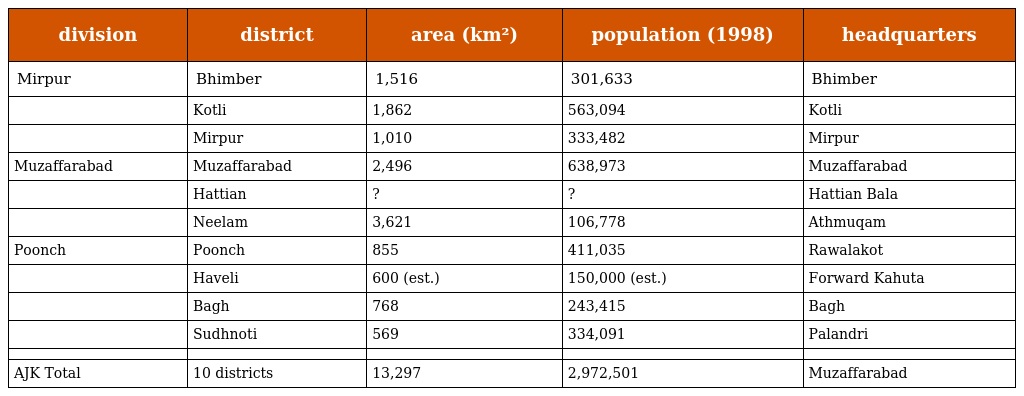
| division | district | area (km²) | population (1998) | headquarters |
 | --- | --- | --- | --- | --- |
 | Mirpur | Bhimber | 1,516 | 301,633 | Bhimber |
 |  | Kotli | 1,862 | 563,094 | Kotli |
 |  | Mirpur | 1,010 | 333,482 | Mirpur |
 | Muzaffarabad | Muzaffarabad | 2,496 | 638,973 | Muzaffarabad |
 |  | Hattian | ? | ? | Hattian Bala |
 |  | Neelam | 3,621 | 106,778 | Athmuqam |
 | Poonch | Poonch | 855 | 411,035 | Rawalakot |
 |  | Haveli | 600 (est.) | 150,000 (est.) | Forward Kahuta |
 |  | Bagh | 768 | 243,415 | Bagh |
 |  | Sudhnoti | 569 | 334,091 | Palandri |
 |  |  |  |  |  |
 | AJK Total | 10 districts | 13,297 | 2,972,501 | Muzaffarabad |